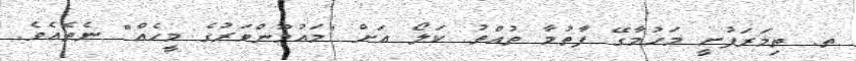
ތ. ތިމަރަފުށީ މަހުމާގޭ ފާތުމާ ތުއްތު ކަލޯ އަށް "މައުމޫންވަރުގެ މީހެއް" ނެތެއެވެ.